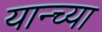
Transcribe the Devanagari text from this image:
यान्च्या